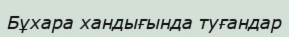
Бұхара хандығында туғандар